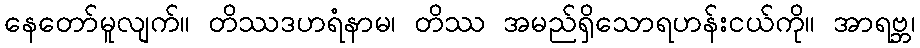
နေတော်မူလျက်။ တိဿဒဟရံနာမ၊ တိဿ အမည်ရှိသောရဟန်းငယ်ကို။ အာရဗ္ဘ၊